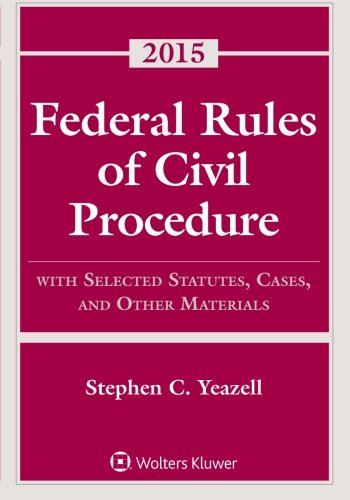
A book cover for Federal Rules of Civil Procedure: with Selected Statutes, Cases and Other Materials; Stephen C. Yeazell; Law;